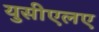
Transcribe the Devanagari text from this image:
युसीएलए